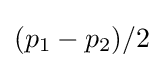
(p_{1}-p_{2})/2